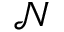
{ \mathcal N }